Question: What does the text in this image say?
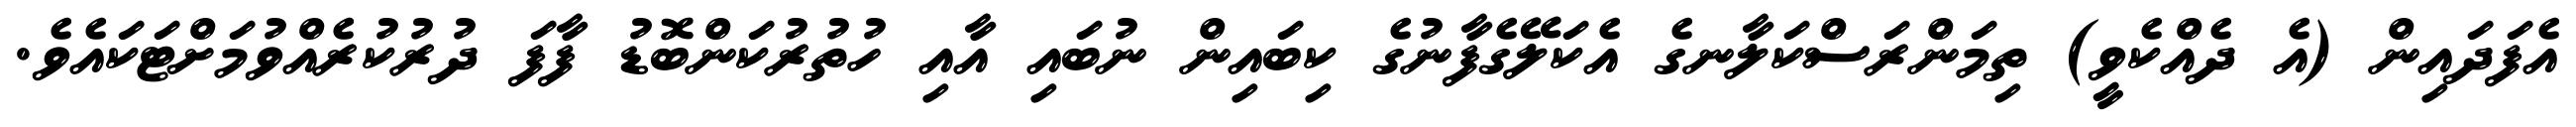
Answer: އެފަދައިން (އެ ދެއްކެވީ) ތިމަންރަސްކަލާނގެ އެކަލޭގެފާނުގެ ކިބައިން ނުބައި އާއި ހުތުރުކަންބޮޑު ފާފަ ދުރުކުރެއްވުމަށްޓަކައެވެ.